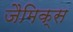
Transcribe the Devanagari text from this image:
जैमिक्स